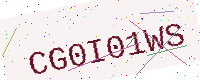
Text: CG0I01WS